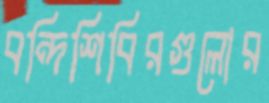
বন্দিশিবিরগুলোর